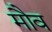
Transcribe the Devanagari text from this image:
मौव